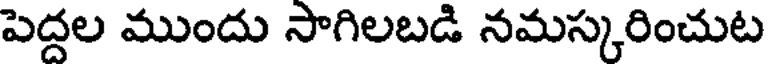
పెద్దల ముందు సాగిలబడి నమస్కరించుట